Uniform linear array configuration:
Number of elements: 32
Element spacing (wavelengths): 1
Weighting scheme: kaiser
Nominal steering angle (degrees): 30
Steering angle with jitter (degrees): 28.479
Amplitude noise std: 0.05
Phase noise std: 0.05

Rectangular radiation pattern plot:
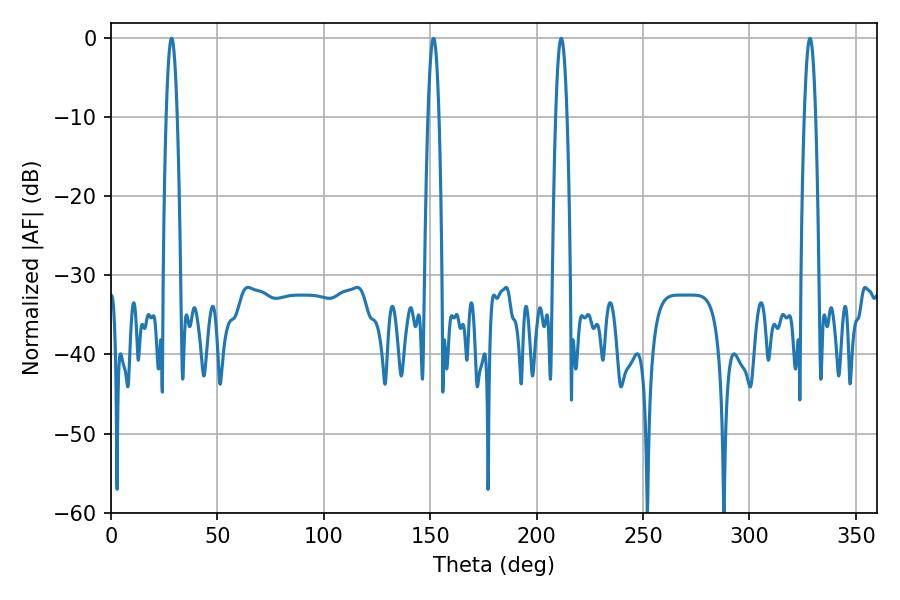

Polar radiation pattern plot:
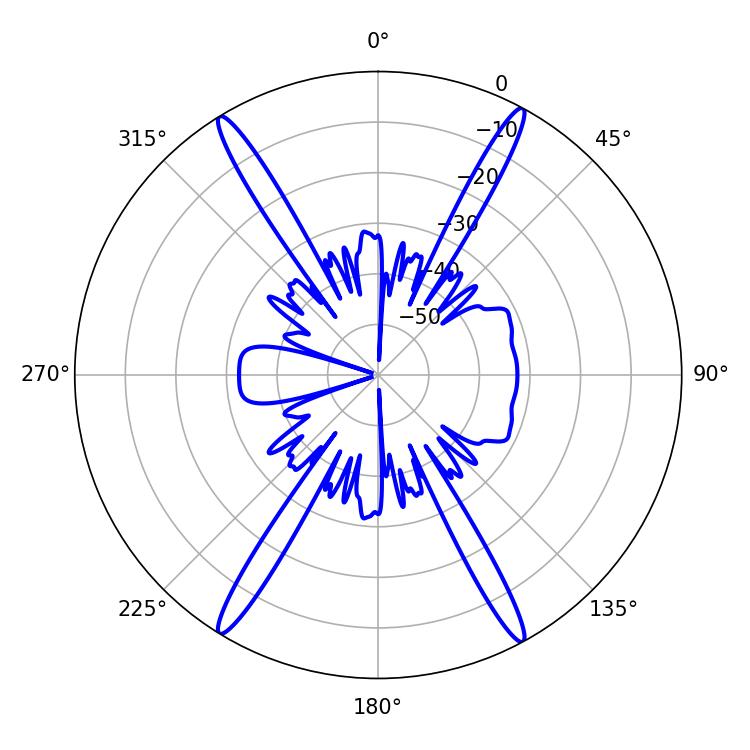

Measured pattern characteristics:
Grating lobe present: TRUE
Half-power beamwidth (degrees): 2.88
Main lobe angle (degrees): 28.44